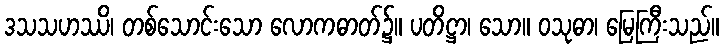
ဒသသဟဿိ၊ တစ်သောင်းသော လောကဓာတ်၌။ ပတိဋ္ဌာ၊ သော။ ဝသုဓာ၊ မြေကြီးသည်။